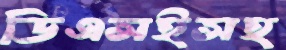
ডিএসইসহ